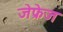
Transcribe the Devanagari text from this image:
जेफ्रेज